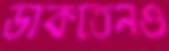
ডাকতেনও